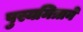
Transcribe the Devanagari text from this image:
पुस्यमित्राने